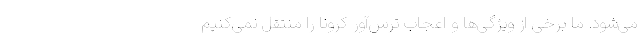
می‌شود. ما برخی از ویژگی‌ها و اعجاب ترس‌آور کرونا را منتقل نمی‌کنیم